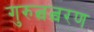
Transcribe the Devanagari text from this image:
गुरुत्वत्वरण